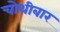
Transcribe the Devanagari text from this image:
चोथीबार